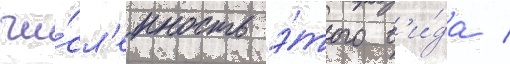
чи́сл'енность э́того в'и́да /